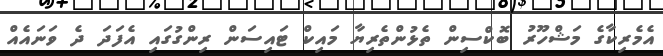
އެމެރިކާގެ މަޝްހޫރު ބޮކްސިން ތެޅުންތެރިޔާ މައިކް ޓައިސަން ރިންގުގައި އެފަދަ ދެ ވަނައެއް